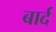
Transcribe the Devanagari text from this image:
बार्द